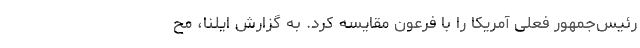
رئیس‌جمهور فعلی آمریکا را با فرعون مقایسه کرد. به گزارش ایلنا، مح